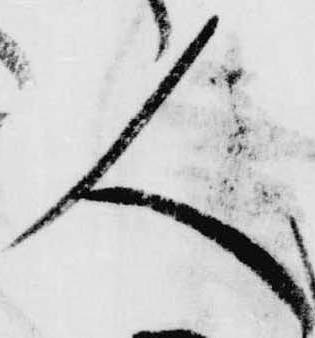
人